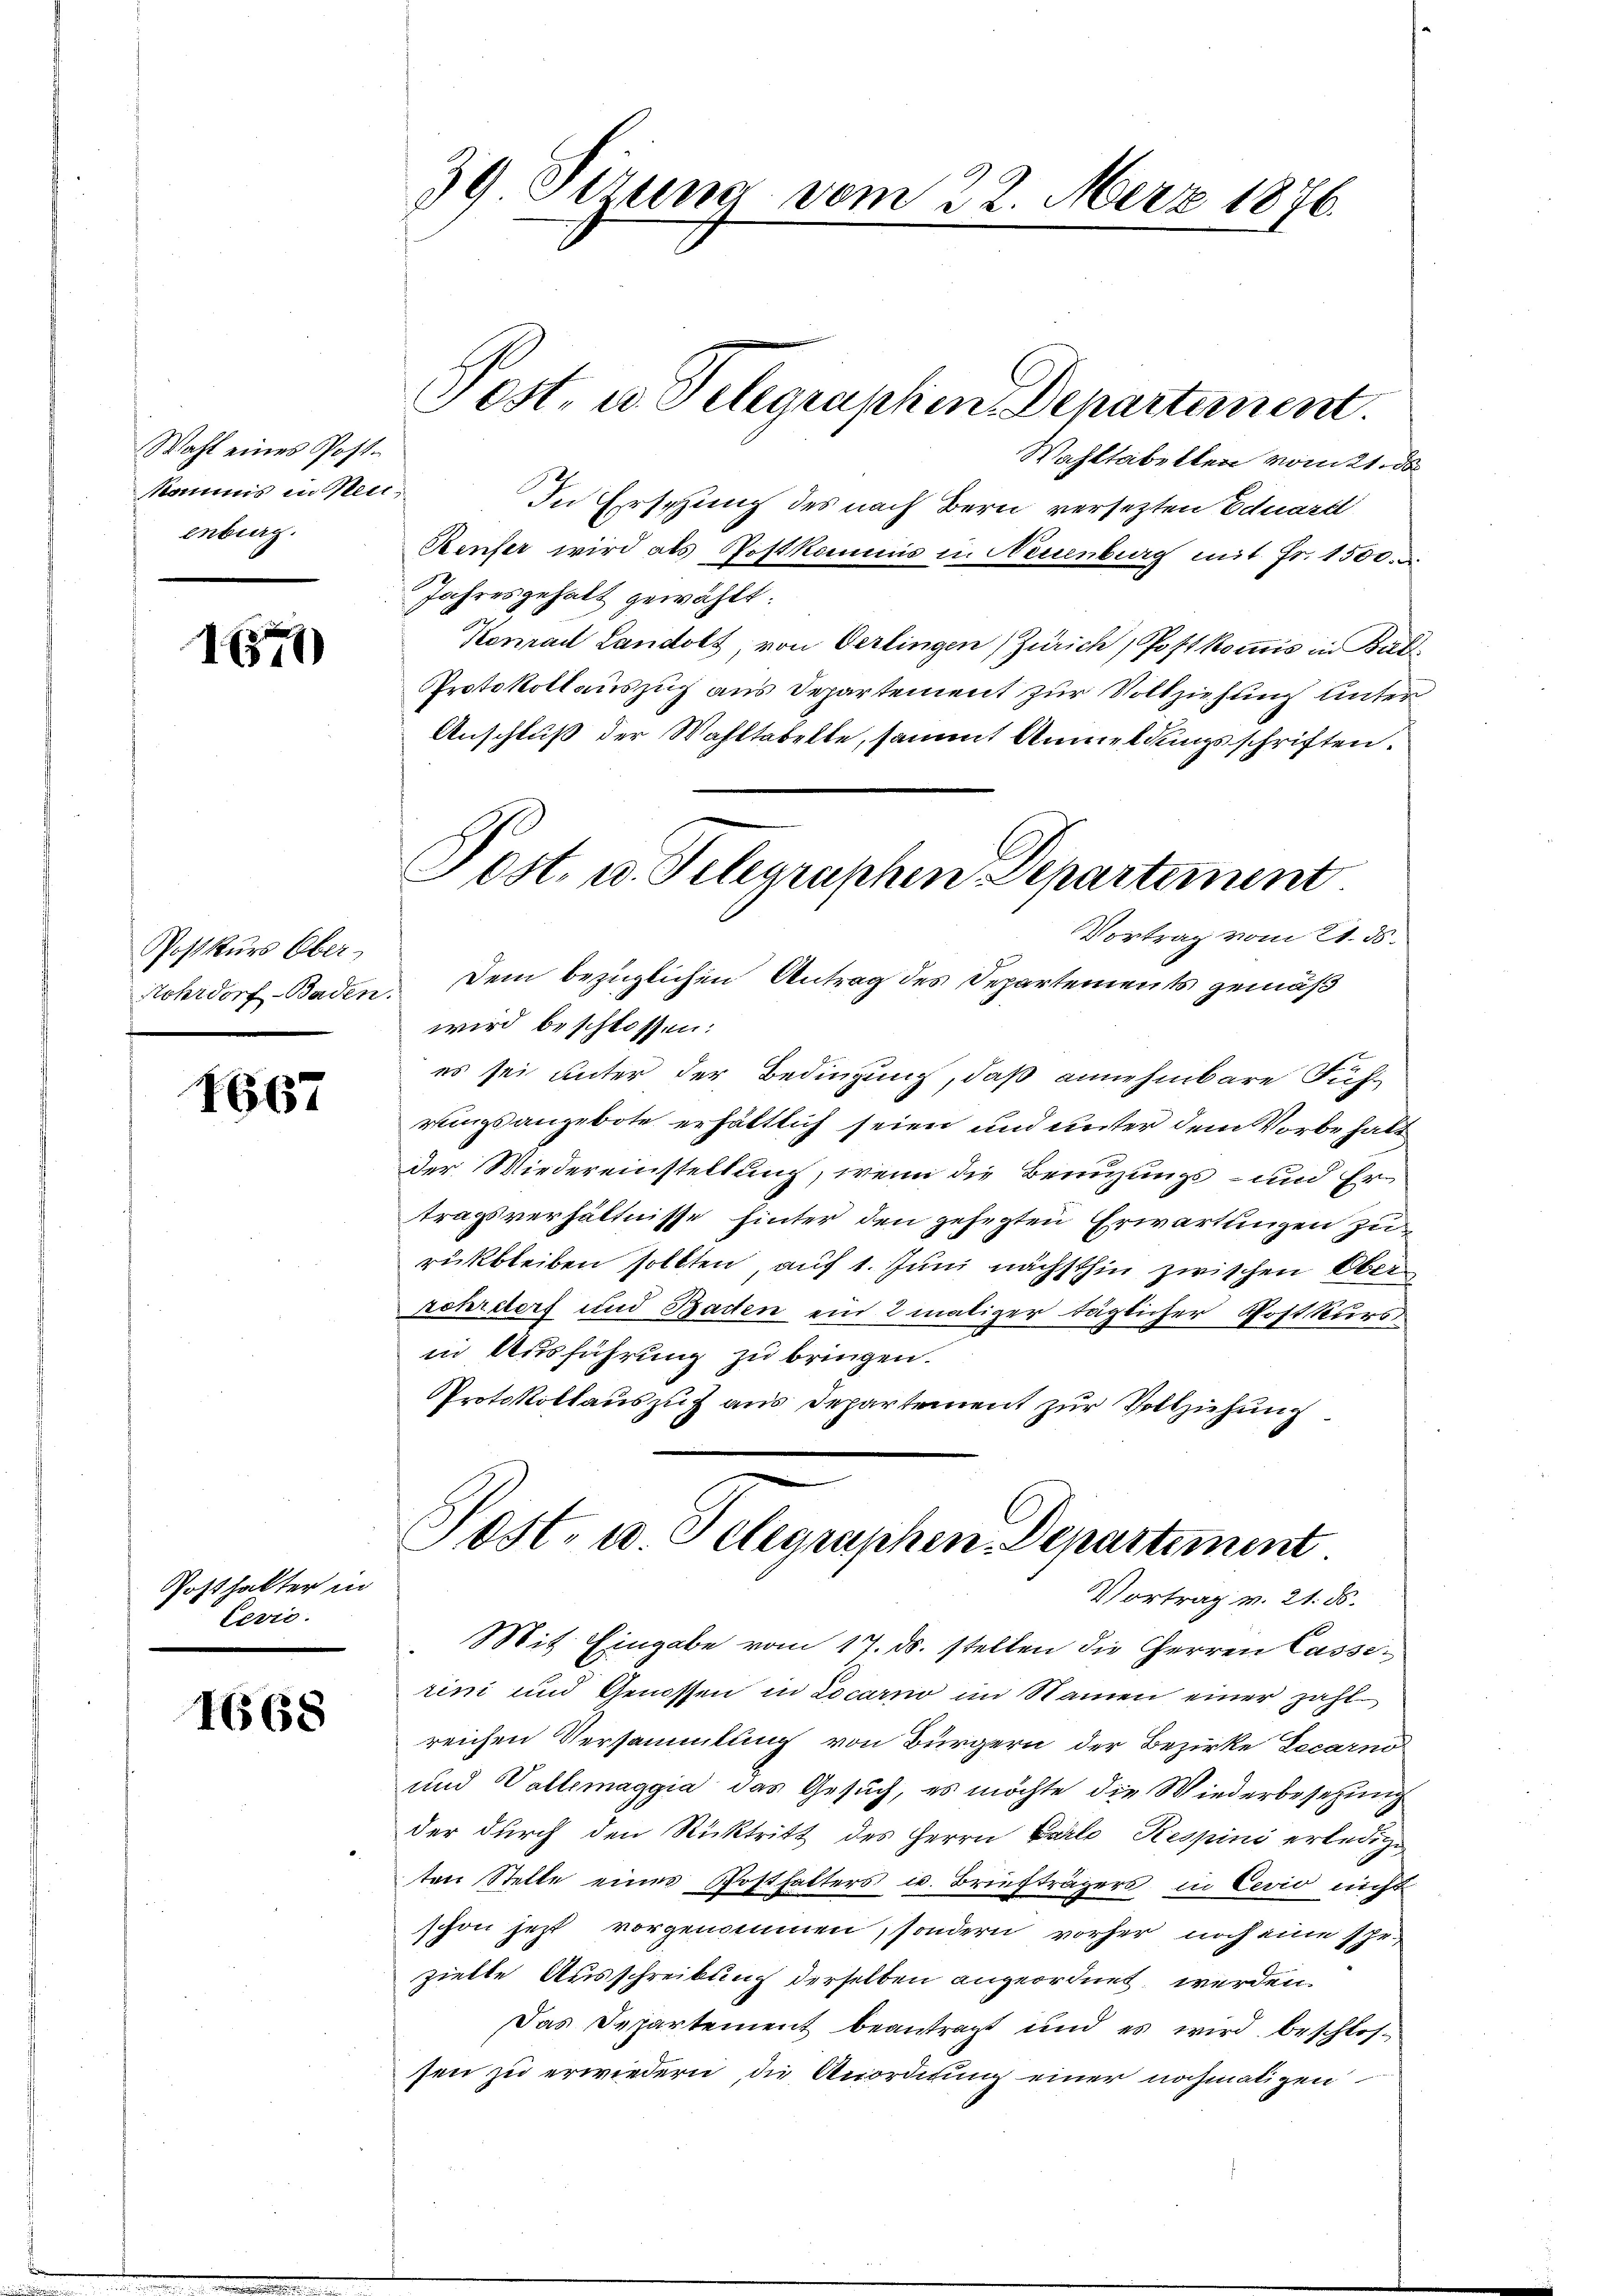
Wahl eines Postkommis in Mei
enburg.

1547)

Postkurs Ober
Nohrdorf Baden.

1667

Posthalter in
lević.

1668

39 Pirum vom 22. März 1876.

Post, es Telegraphen Departement.

Post. u. Telegraphen Departement
Vortrag vom 21. ds.

Wost- u. Telegraphen-Departiment
Vortrag v. 21. ds.
Mit Eingabe vom 17. ds. stellen die Herren Casse¬

rini und Genossen in Locarno im Namen einer zahl
reichen Versammlung von Bürgern der Bezirke Locarno
und Vallemaggia das Gesuch, es möchte die Wiederbesetzung
der durch den Rücktritt des Herrn Carlo, Respini erledige
ten Stelle eines Posthalters u. Briefträgers in Cevio nicht
schon jetzt vorgenommen, sondern vorher noch eine spr
zielle Ausschreibung derselben angeordnet werden.
Das Departement beantragt und es wird beschlossen zu erwiedern die Anordnung einer nochmaligen

Wahltabellen vom 21. ds.
In Erschung des nach Bern versezten Eduarel
Kenfer wird als Postkommis in Neuenburg mit Fr. 1500.
Jahresgehalt gewählt:
Konrad Landolt, von Oerlingen Zürich, Postkommis in But
Protokollauszug aus Departement zur Vollziehung unter
Anschluß der Wahltabelte, sammt Anmeldungsschriften.
Dem bezüglichen Antrag des Departements gemäß
wird beschlossen:
es sei unter der Bedingung, daß annehmbare Führungsangebote erhältlich seien und unter dem Vorbehalt
der Wiedereinstellung, wenn die Benuzungs- und Ertragsverhältnisse hinter den gehegten Erwartungen zurükbleiben sollten auf 1. Juni nächsthin zwischen Oberehreters und Baden ein 2 maliger täglicher Postkurs
in Ausführung zu bringen.
Protokollauszug aus Departement zur Vollziehung